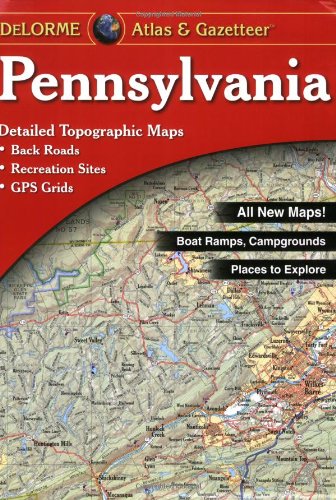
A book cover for Pennsylvania Atlas and Gazetteer; DeLorme; Reference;